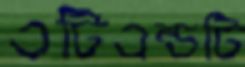
এটিএন্ডটি